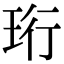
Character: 珩